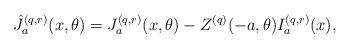
LaTeX: \begin{align*}\hat{J}_a^{(q,r)}(x,\theta ) &= J_a^{(q,r)}(x,\theta ) - Z^{(q)} (-a, \theta ) I_a^{(q,r)} (x), \end{align*}